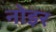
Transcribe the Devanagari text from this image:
नोइर